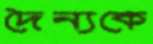
দৈন্যকে